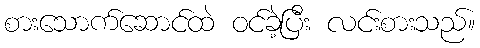
စားသောက်ဆောင်ထဲ ဝင်ခဲ့ပြီး လင်းစားသည်။